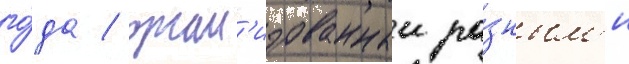
го́да / орган'изованныи ра́зным'и